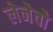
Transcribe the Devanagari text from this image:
लेनेवो